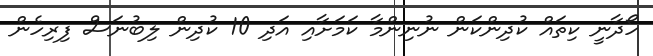
ހޯދާނީ ކިތައް ކުދިންކަން ނުނިންމާ ކަމަށާއި އަދި 10 ކުދިން ލިބުނަސް ފިރިހެން